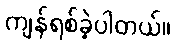
ကျန်ရစ်ခဲ့ပါတယ်။